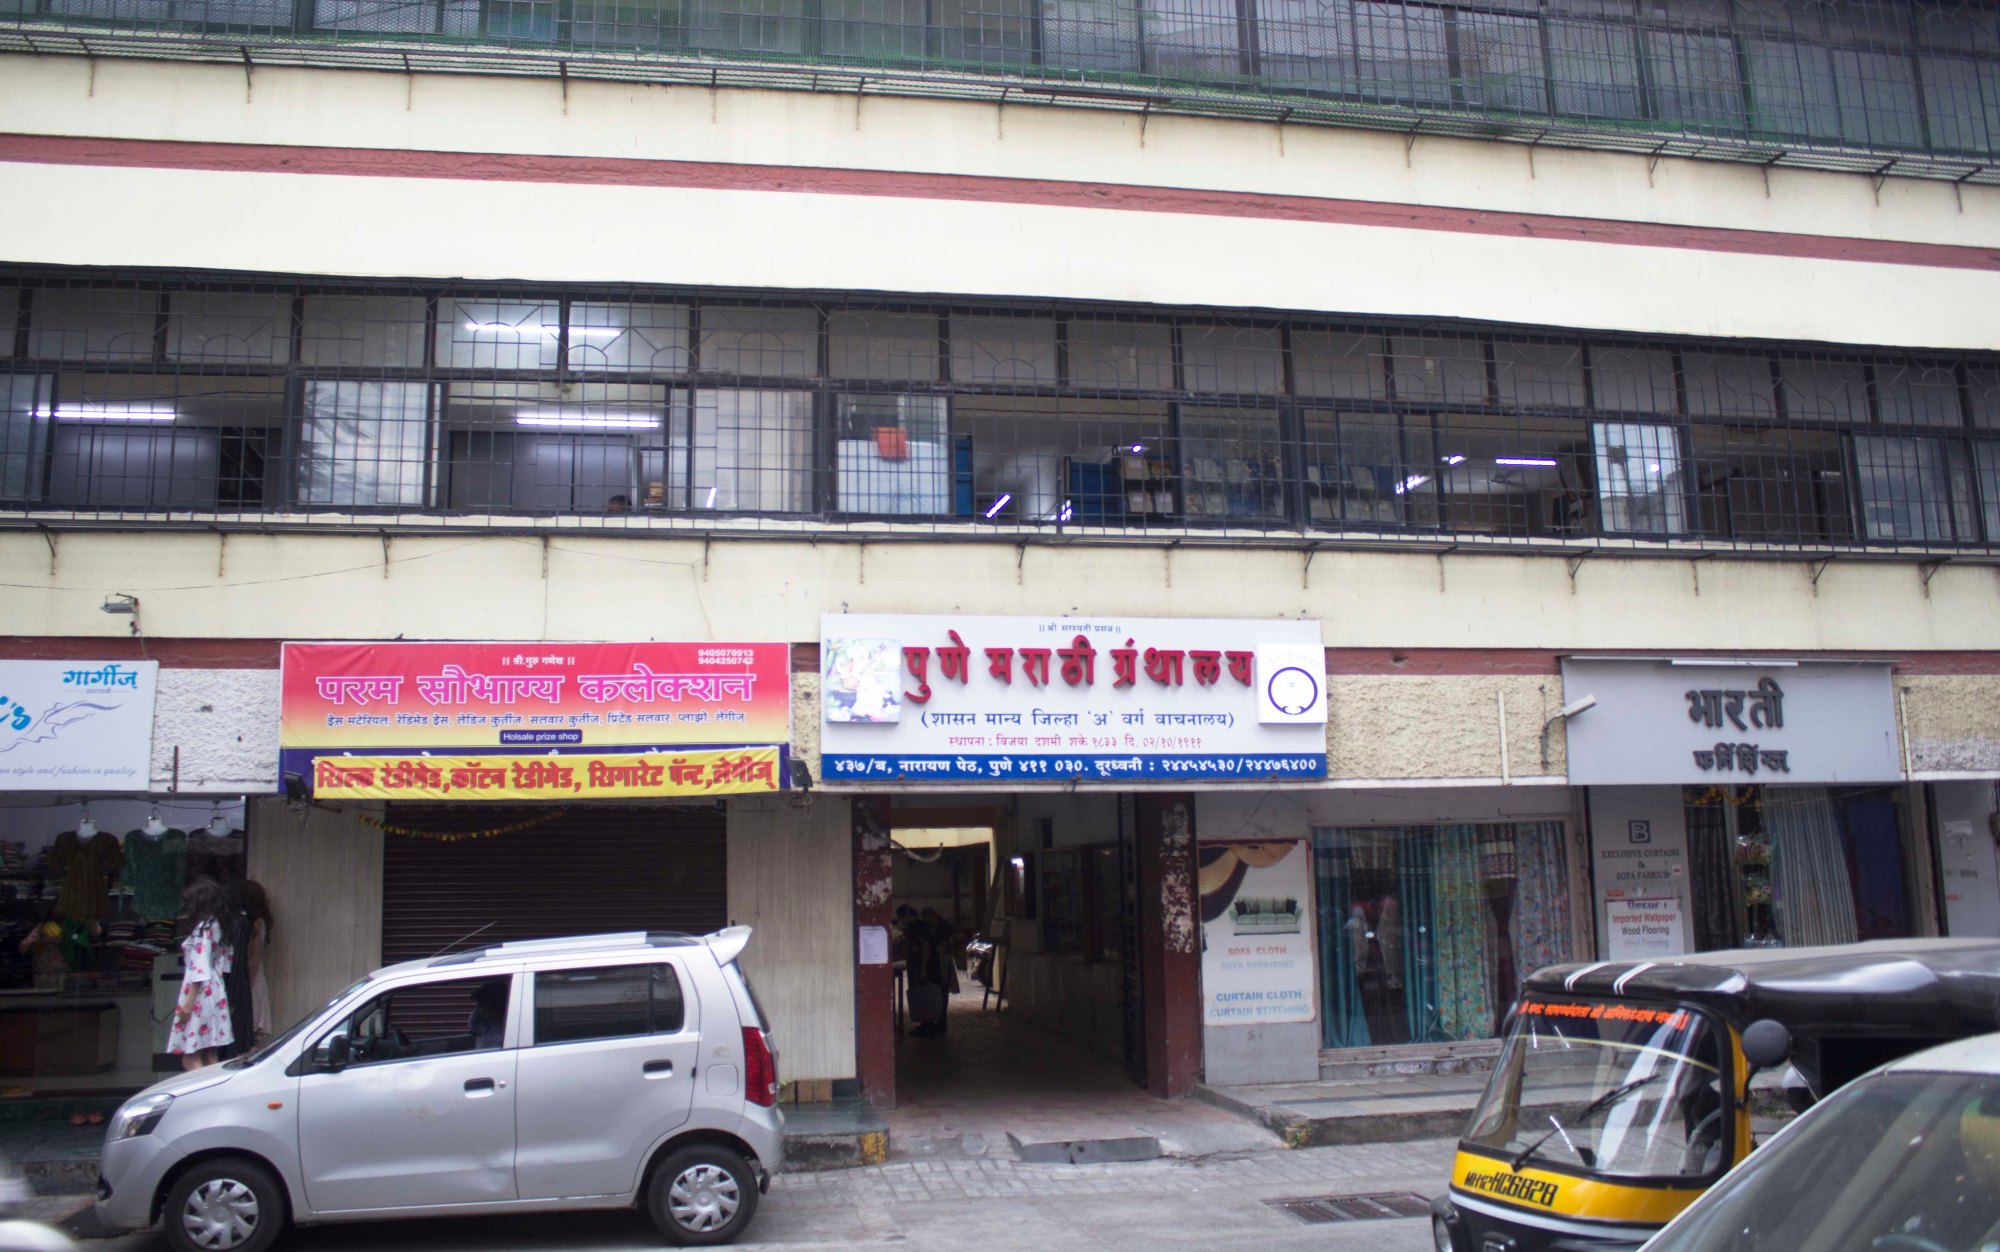
Language: marathi
Transcription: लेडिज् प्लाझो पुणे गार्गीज् परम कलेक्शन (शासन मान्य जिल्हा अ वाचनालय) शके १८३३ नारायण सिल्क कॉटन लेगीज् रेडिमेड सौभाग्य सलवार मराठी ग्रंथालय भारती फुर्निशिंगज् पुणे प्रिंटेड वर्ग ड्रेस दशमी सिगारेट दूरध्वनी